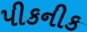
પીકનીક